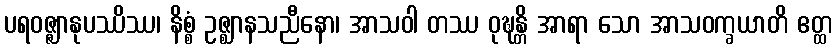
ပရဝဇ္ဇျာနုပဿိဿ၊ နိစ္စံ ဥဇ္ဈာနသညီနော၊ အာသဝါ တဿ ဝုဍ္ဎန္တိ အာရာ သော အာသဝက္ခယာတိ ဧတ္ထ